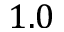
1 . 0